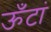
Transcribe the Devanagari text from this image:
ऊँटां